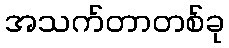
အသက်တာတစ်ခု